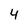
Character: 4